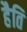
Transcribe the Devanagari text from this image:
हैति